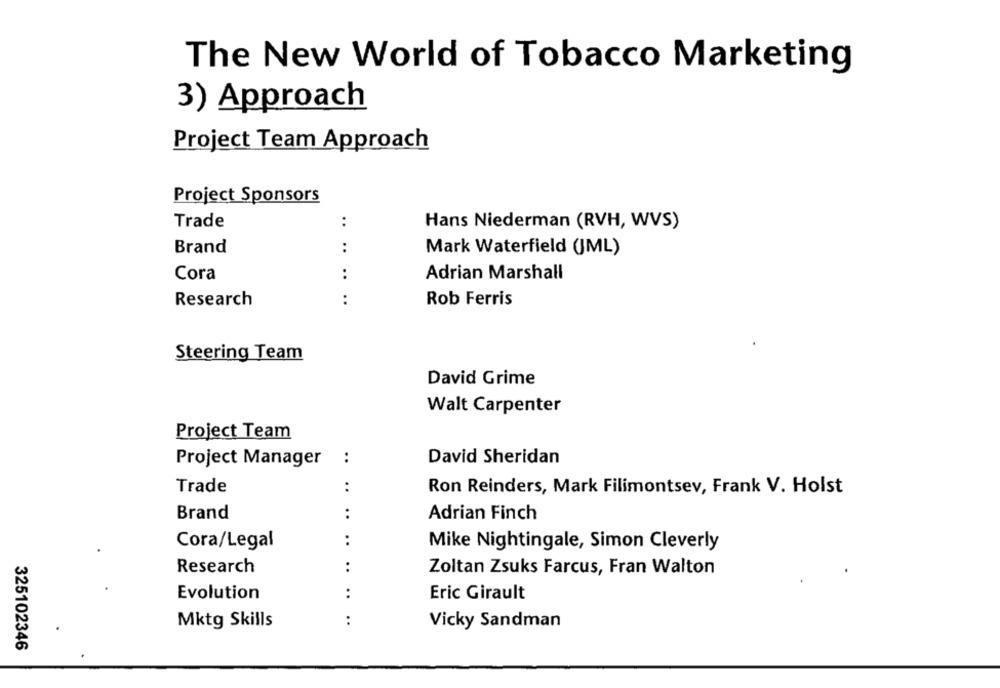
The New World of Tobacco Marketing
3) Approach
Project Team Approach
Project Sponsors
Trade
..
Hans Niederman (RVH, WVS)
..
Brand
Mark Waterfield (JML)
Cora
..
Adrian Marshall
Research
..
Rob Ferris
Steering Team
David Grime
Walt Carpenter
Project Team
David Sheridan
Project Manager :
Trade
..
Ron Reinders, Mark Filimontsev, Frank V. Holst
Brand
..
Adrian Finch
Cora/Legal
..
Mike Nightingale, Simon Cleverly
Research
..
Zoltan Zsuks Farcus, Fran Walton
Evolution
:
Eric Girault
Mktg Skills
:
Vicky Sandman
325102346